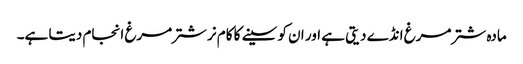
مادہ شتر مرغ انڈے دیتی ہے اور ان کو سینے کا کام نر شترمرغ انجام دیتا ہے۔